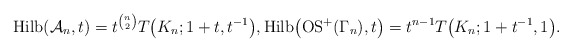
\begin{gather*}{\rm Hilb}({\cal A}_n,t)=t^{{n \choose 2}} T\big(K_n; 1+t, t^{-1}\big),{\rm Hilb}\big({\rm OS}^{+}(\Gamma_n),t\big)=t^{n-1} T\big(K_n;1+t^{-1},1\big).\end{gather*}